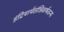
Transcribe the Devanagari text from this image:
इंद्रियार्थसंन्निकर्षजन्य